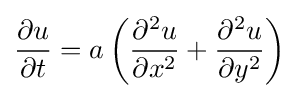
{\frac {\partial u}{\partial t}}=a\left({\frac {\partial ^{2}u}{\partial x^{2}}}+{\frac {\partial ^{2}u}{\partial y^{2}}}\right)